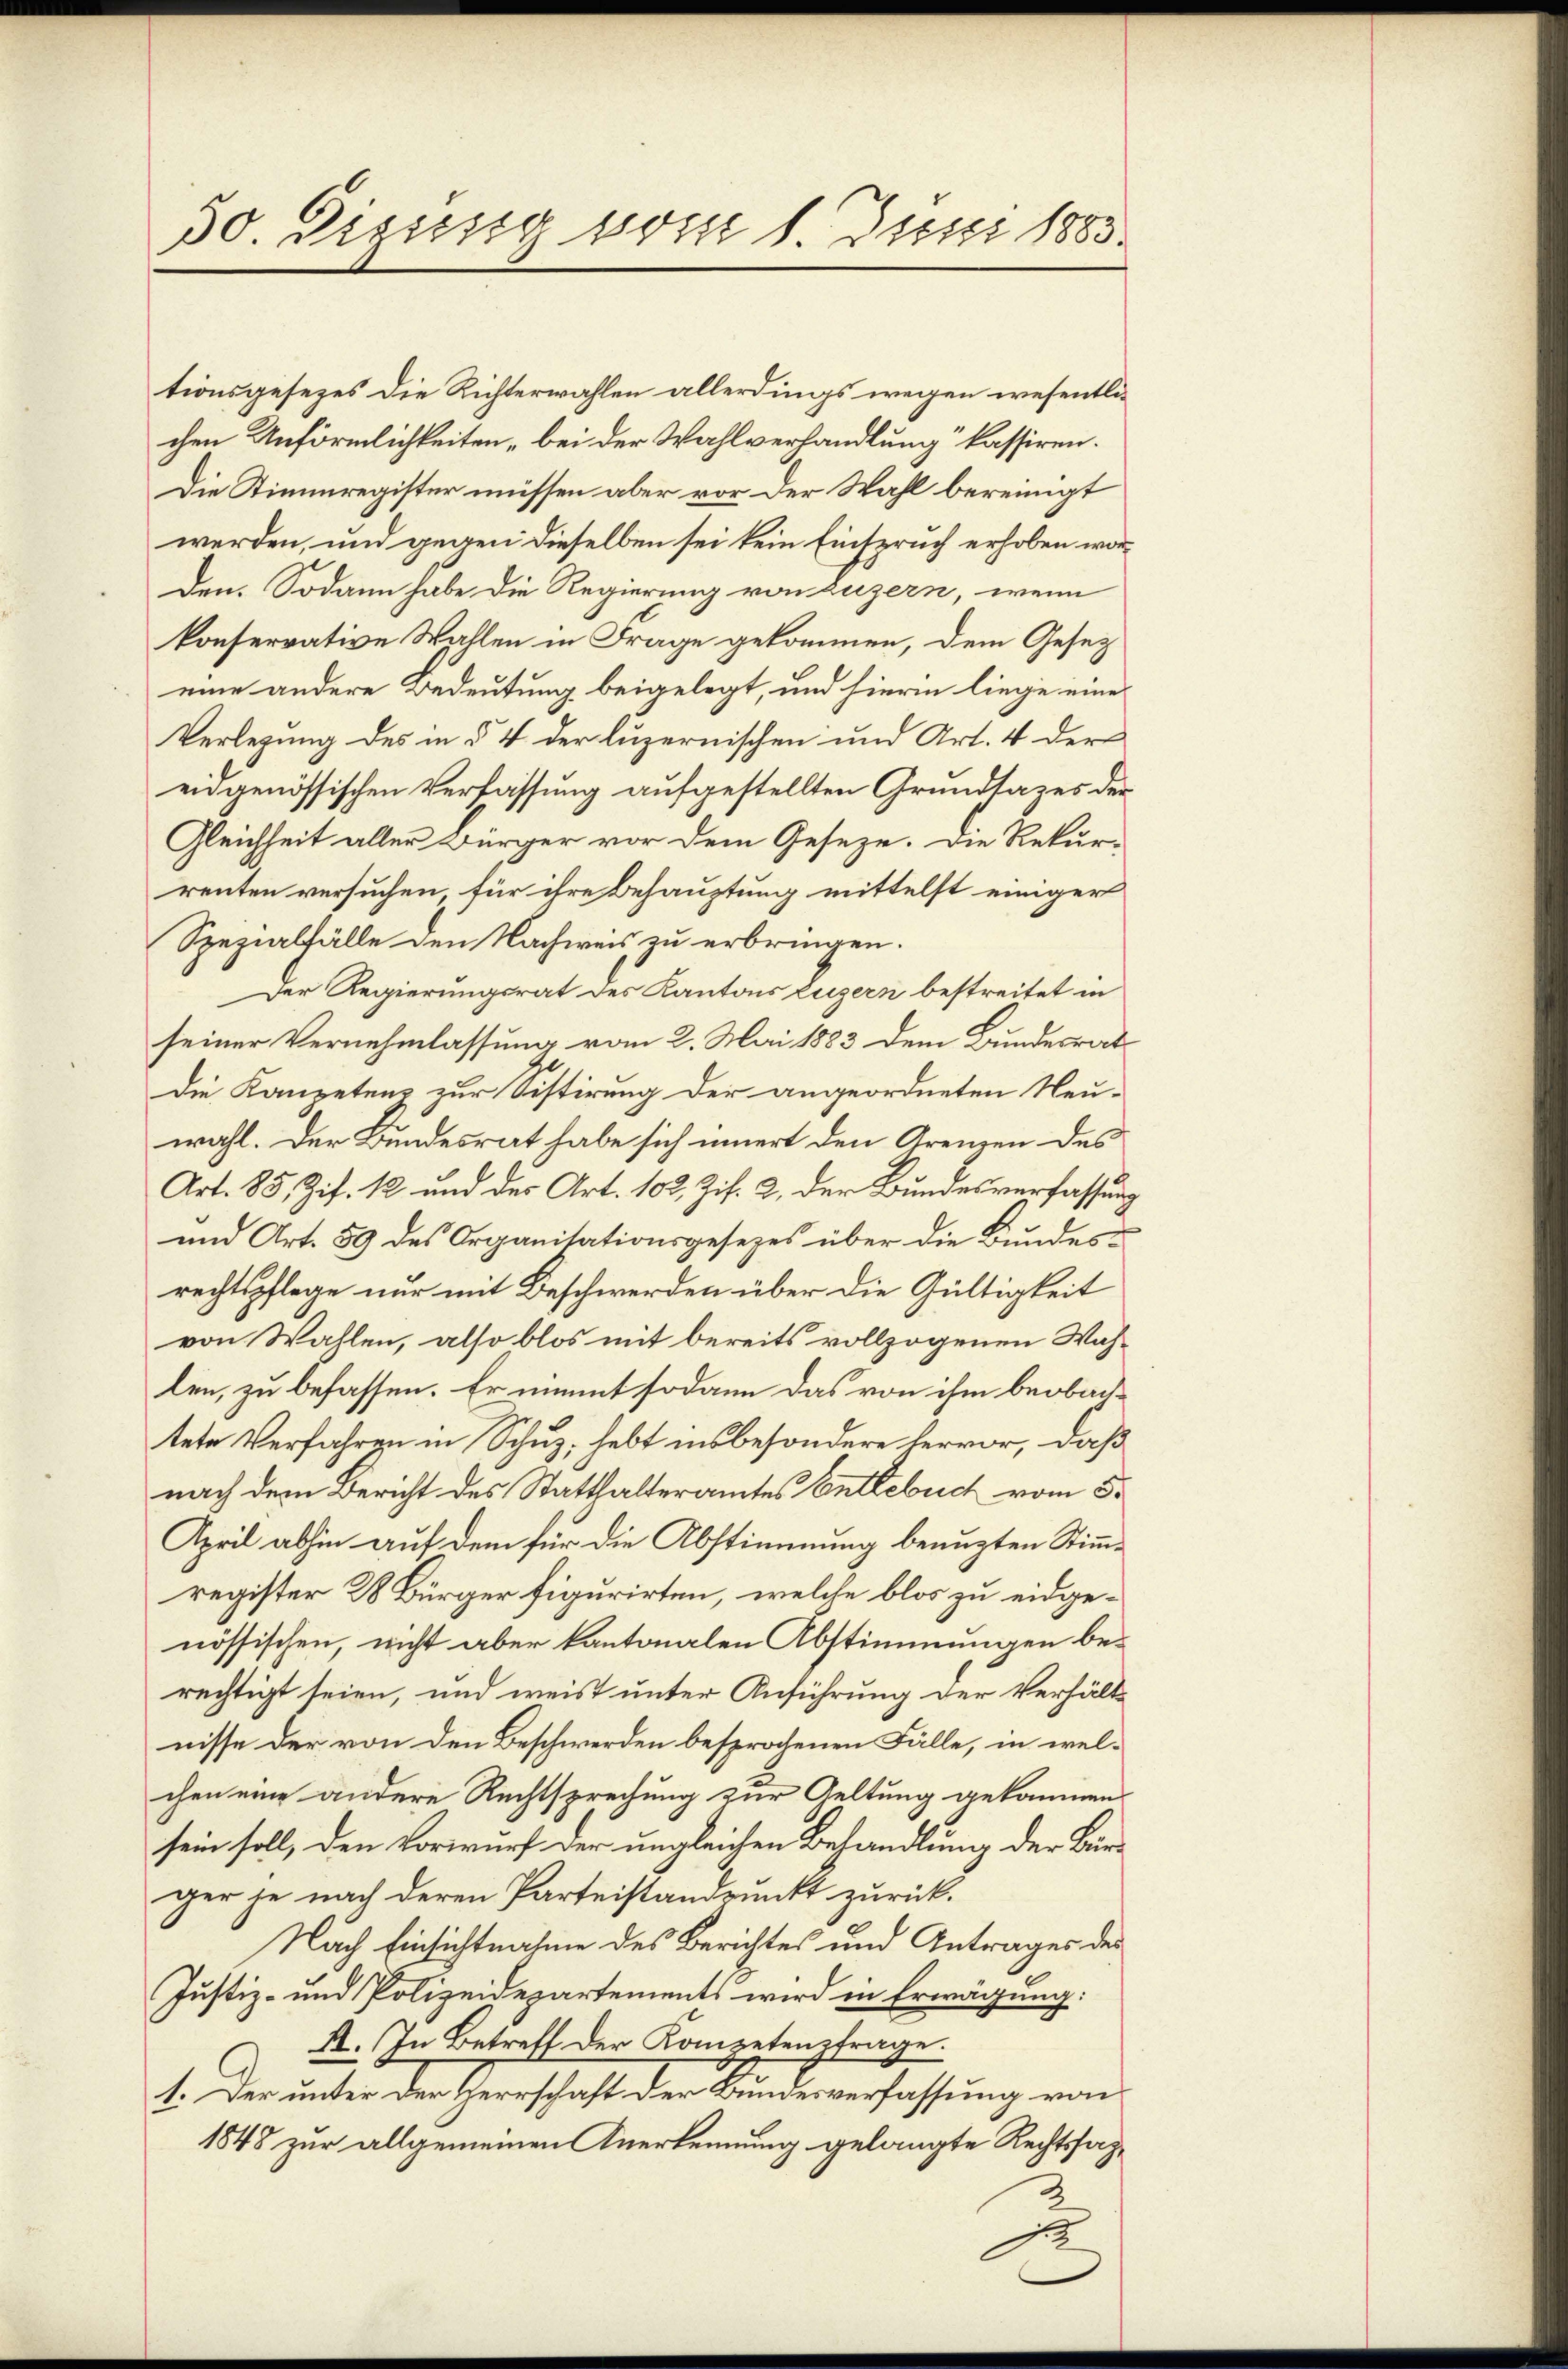
30 Bisissig vom 1. Juni 1883.

tionsgesezes die Richterwahlen allerdings wegen wesentlichen Anförmlichkeiten „bei der Wahlverhandlung“ kassiren.
Die Stimmregister müssen aber vor der Wahl bereinigt
werden, und gegen dieselben sei kein Einspruch erhoben worden. Sodann habe die Regierung von Luzern, wenn
konferrative Wallen in Frage gekommen, dem Gesetz
eine andere Bedeutung beigelegt, und hierin liege eine
Verlegung des in § 4 der luzernischen und Art. 4 der
eidgenössischen Verfassung aufgestellten Grundlages der
Gleichheit aller Bürger vor dem Gesetze. Die Rekur-
renten versuchen, für ihre Behauptung mittelst einiger
Spezialfälle den Nachweis zu erbringen.
Der Regierungsrat des Kantons Luzern bestreitet in
seiner Vernehmlassung vom 2. Mai 1883 dem Bundesrat
Die Kanzetens zur Sistirung der angeordneten Neuwahl. Der Bundesrat habe sich innert den Grenzen des
Art. 85, Zif. 12 und der Art. 102 Zif. 2, der Bundesverfassung
und Art. 59 des Organisationsgesezes über die Bundesrechtspflege nur mit Beschwerden über die Gültigkeit
von Wahlen, also blos mit bereits vollzogenen Wah-
len, zu befassen. Er nimmt sodann das von ihm beobachtete Verfahren in Schuz, hebt insbesondere hervor, daß
nach dem Bericht des Statthalteramtes Entlebuch vom 5.
April abhin auf dem für die Abstimmung benutzten Stimmregister 28 Bürger figurirten, welche blos zu eidgenössischen, nicht aber kantonalen Abstimmungen berechtigt seien, und weist unter Anführung der Verhältnisse der von den Beschwerden besprochenen Fälle, in welchen eine andere Rechtsprechung zur Geltung gekommen
sein soll, den Vorwurf der ungleichen Behandlung der Bür-
ger je nach deren Parteistandpunkt zurück¬
Nach Einsichtnahme des Berichtes und Antrages des
Justiz- und Polizeidepartements wird in Erwägung:
II. In Betreff der Kompetenzfrage.
1. Der unter den Herrschaft der Bundesverfassung von
1848 zur allgemeinen Anerkennung gelangte Rechtssaz
e